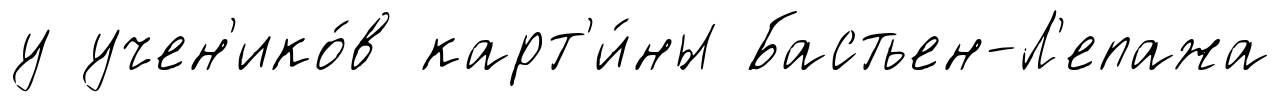
у учен'ико́в карт'и́ны Бастьен-Л'епажа